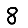
Digit: 8